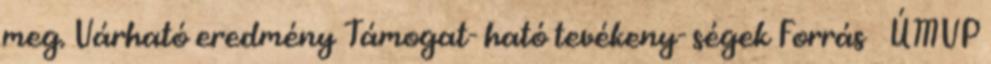
meg. Várható eredmény Támogat- ható tevékeny- ségek Forrás ▪ÚMVP